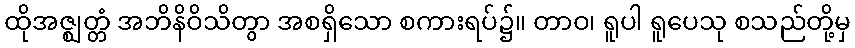
ထိုအဇ္ဈတ္တံ အဘိနိဝိသိတွာ အစရှိသော စကားရပ်၌။ တာဝ၊ ရူပါ ရူပေသု စသည်တို့မှ